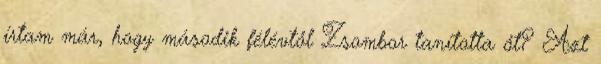
írtam már, hogy második félévtől Zsombor tanította őt? Azt